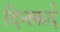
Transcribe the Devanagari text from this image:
दिनकर्द